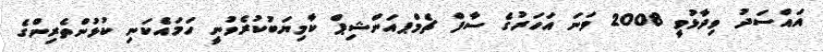
އައްސަދު ވިދާޅުވީ 2008 ވަނަ އަހަރުގެ ސާފް ޗެމްޕއަންޝިޕް ކާމިޔަބުކުރެވުނީ ހަމައެކަނި ކުޅުންތެރިންގެ